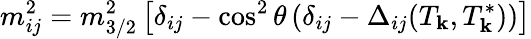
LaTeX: m_{ij}^{2}=m_{3/2}^{2}\left[\delta_{ij}-\cos^{2}\theta\left(\delta_{ij}-\Delta_{ij}(T_{\mathbf{k}},T_{\mathbf{k}}^{*})\right)\right]